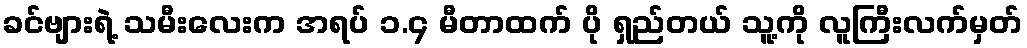
ခင်ဗျားရဲ့ သမီးလေးက အရပ် ၁.၄ မီတာထက် ပို ရှည်တယ် သူ့ကို လူကြီးလက်မှတ်